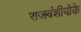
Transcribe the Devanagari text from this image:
राजवंशीयोके